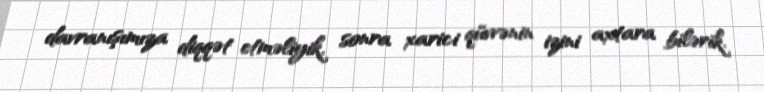
davranışımıza diqqət etməliyik, sonra xarici qüvvənin izini axtara bilərik.